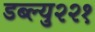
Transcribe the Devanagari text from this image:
डब्ल्यु२२१